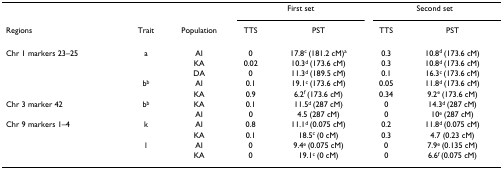
<table><thead><tr><td></td><td></td><td></td><td colspan="2"><b>First set</b></td><td colspan="2"><b>Second set</b></td></tr><tr><td><b>Regions</b></td><td><b>Trait</b></td><td><b>Population</b></td><td><b>TTS</b></td><td><b>PST</b></td><td><b>TTS</b></td><td><b>PST</b></td></tr></thead><tbody><tr><td>Chr 1 markers 23–25</td><td>a</td><td>AI</td><td>0</td><td>17.8<sup>c </sup>(181.2 cM)<sup>a</sup></td><td>0.3</td><td>10.8<sup>d </sup>(173.6 cM)</td></tr><tr><td></td><td></td><td>KA</td><td>0.02</td><td>10.3<sup>d </sup>(173.6 cM)</td><td>0.3</td><td>10.8<sup>d </sup>(173.6 cM)</td></tr><tr><td></td><td></td><td>DA</td><td>0</td><td>11.3<sup>d </sup>(189.5 cM)</td><td>0.1</td><td>16.3<sup>c </sup>(173.6 cM)</td></tr><tr><td></td><td>b<sup>b</sup></td><td>AI</td><td>0.1</td><td>19.1<sup>c </sup>(173.6 cM)</td><td>0.05</td><td>11.8<sup>d </sup>(173.6 cM)</td></tr><tr><td></td><td></td><td>KA</td><td>0.9</td><td>6.2<sup>f </sup>(173.6 cM)</td><td>0.34</td><td>9.2<sup>e </sup>(173.6 cM)</td></tr><tr><td>Chr 3 marker 42</td><td>b<sup>b</sup></td><td>KA</td><td>0.1</td><td>11.5<sup>d </sup>(287 cM)</td><td>0</td><td>14.3<sup>d </sup>(287 cM)</td></tr><tr><td></td><td></td><td>AI</td><td>0</td><td>4.5 (287 cM)</td><td>0</td><td>10<sup>e </sup>(287 cM)</td></tr><tr><td>Chr 9 markers 1–4</td><td>k</td><td>AI</td><td>0.8</td><td>11.1<sup>d </sup>(0.075 cM)</td><td>0.2</td><td>11.8<sup>d </sup>(0.075 cM)</td></tr><tr><td></td><td></td><td>KA</td><td>0.1</td><td>18.5<sup>c </sup>(0 cM)</td><td>0.3</td><td>4.7 (0.23 cM)</td></tr><tr><td></td><td>l</td><td>AI</td><td>0</td><td>9.4<sup>e </sup>(0.075 cM)</td><td>0</td><td>7.9<sup>e </sup>(0.135 cM)</td></tr><tr><td></td><td></td><td>KA</td><td>0</td><td>19.1<sup>c </sup>(0 cM)</td><td>0</td><td>6.6<sup>f </sup>(0.075 cM)</td></tr></tbody></table>